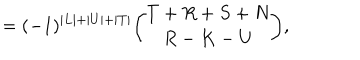
LaTeX: = ( - 1 ) ^ { \vert L \vert + \vert U \vert + \vert T \vert } { \binom { T + R + S + N } { R - K - U } } ,